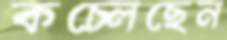
কচ্‌লেছেন